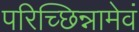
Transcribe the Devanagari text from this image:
परिच्छिन्नामेवं